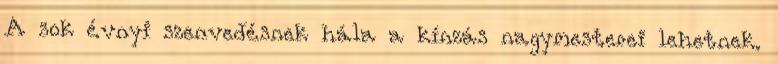
A sok évnyi szenvedésnek hála a kínzás nagymesterei lehetnek.